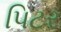
પિટર